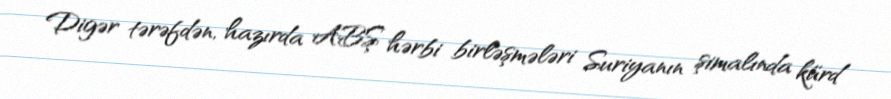
Digər tərəfdən, hazırda ABŞ hərbi birləşmələri Suriyanın şimalında kürd